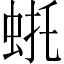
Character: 𫊴